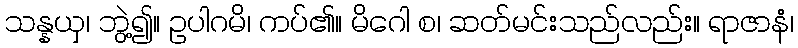
သန္နယှ၊ ဘွဲ့၍။ ဥပါဂမိ၊ ကပ်၏။ မိဂေါ စ၊ ဆတ်မင်းသည်လည်း။ ရာဇာနံ၊